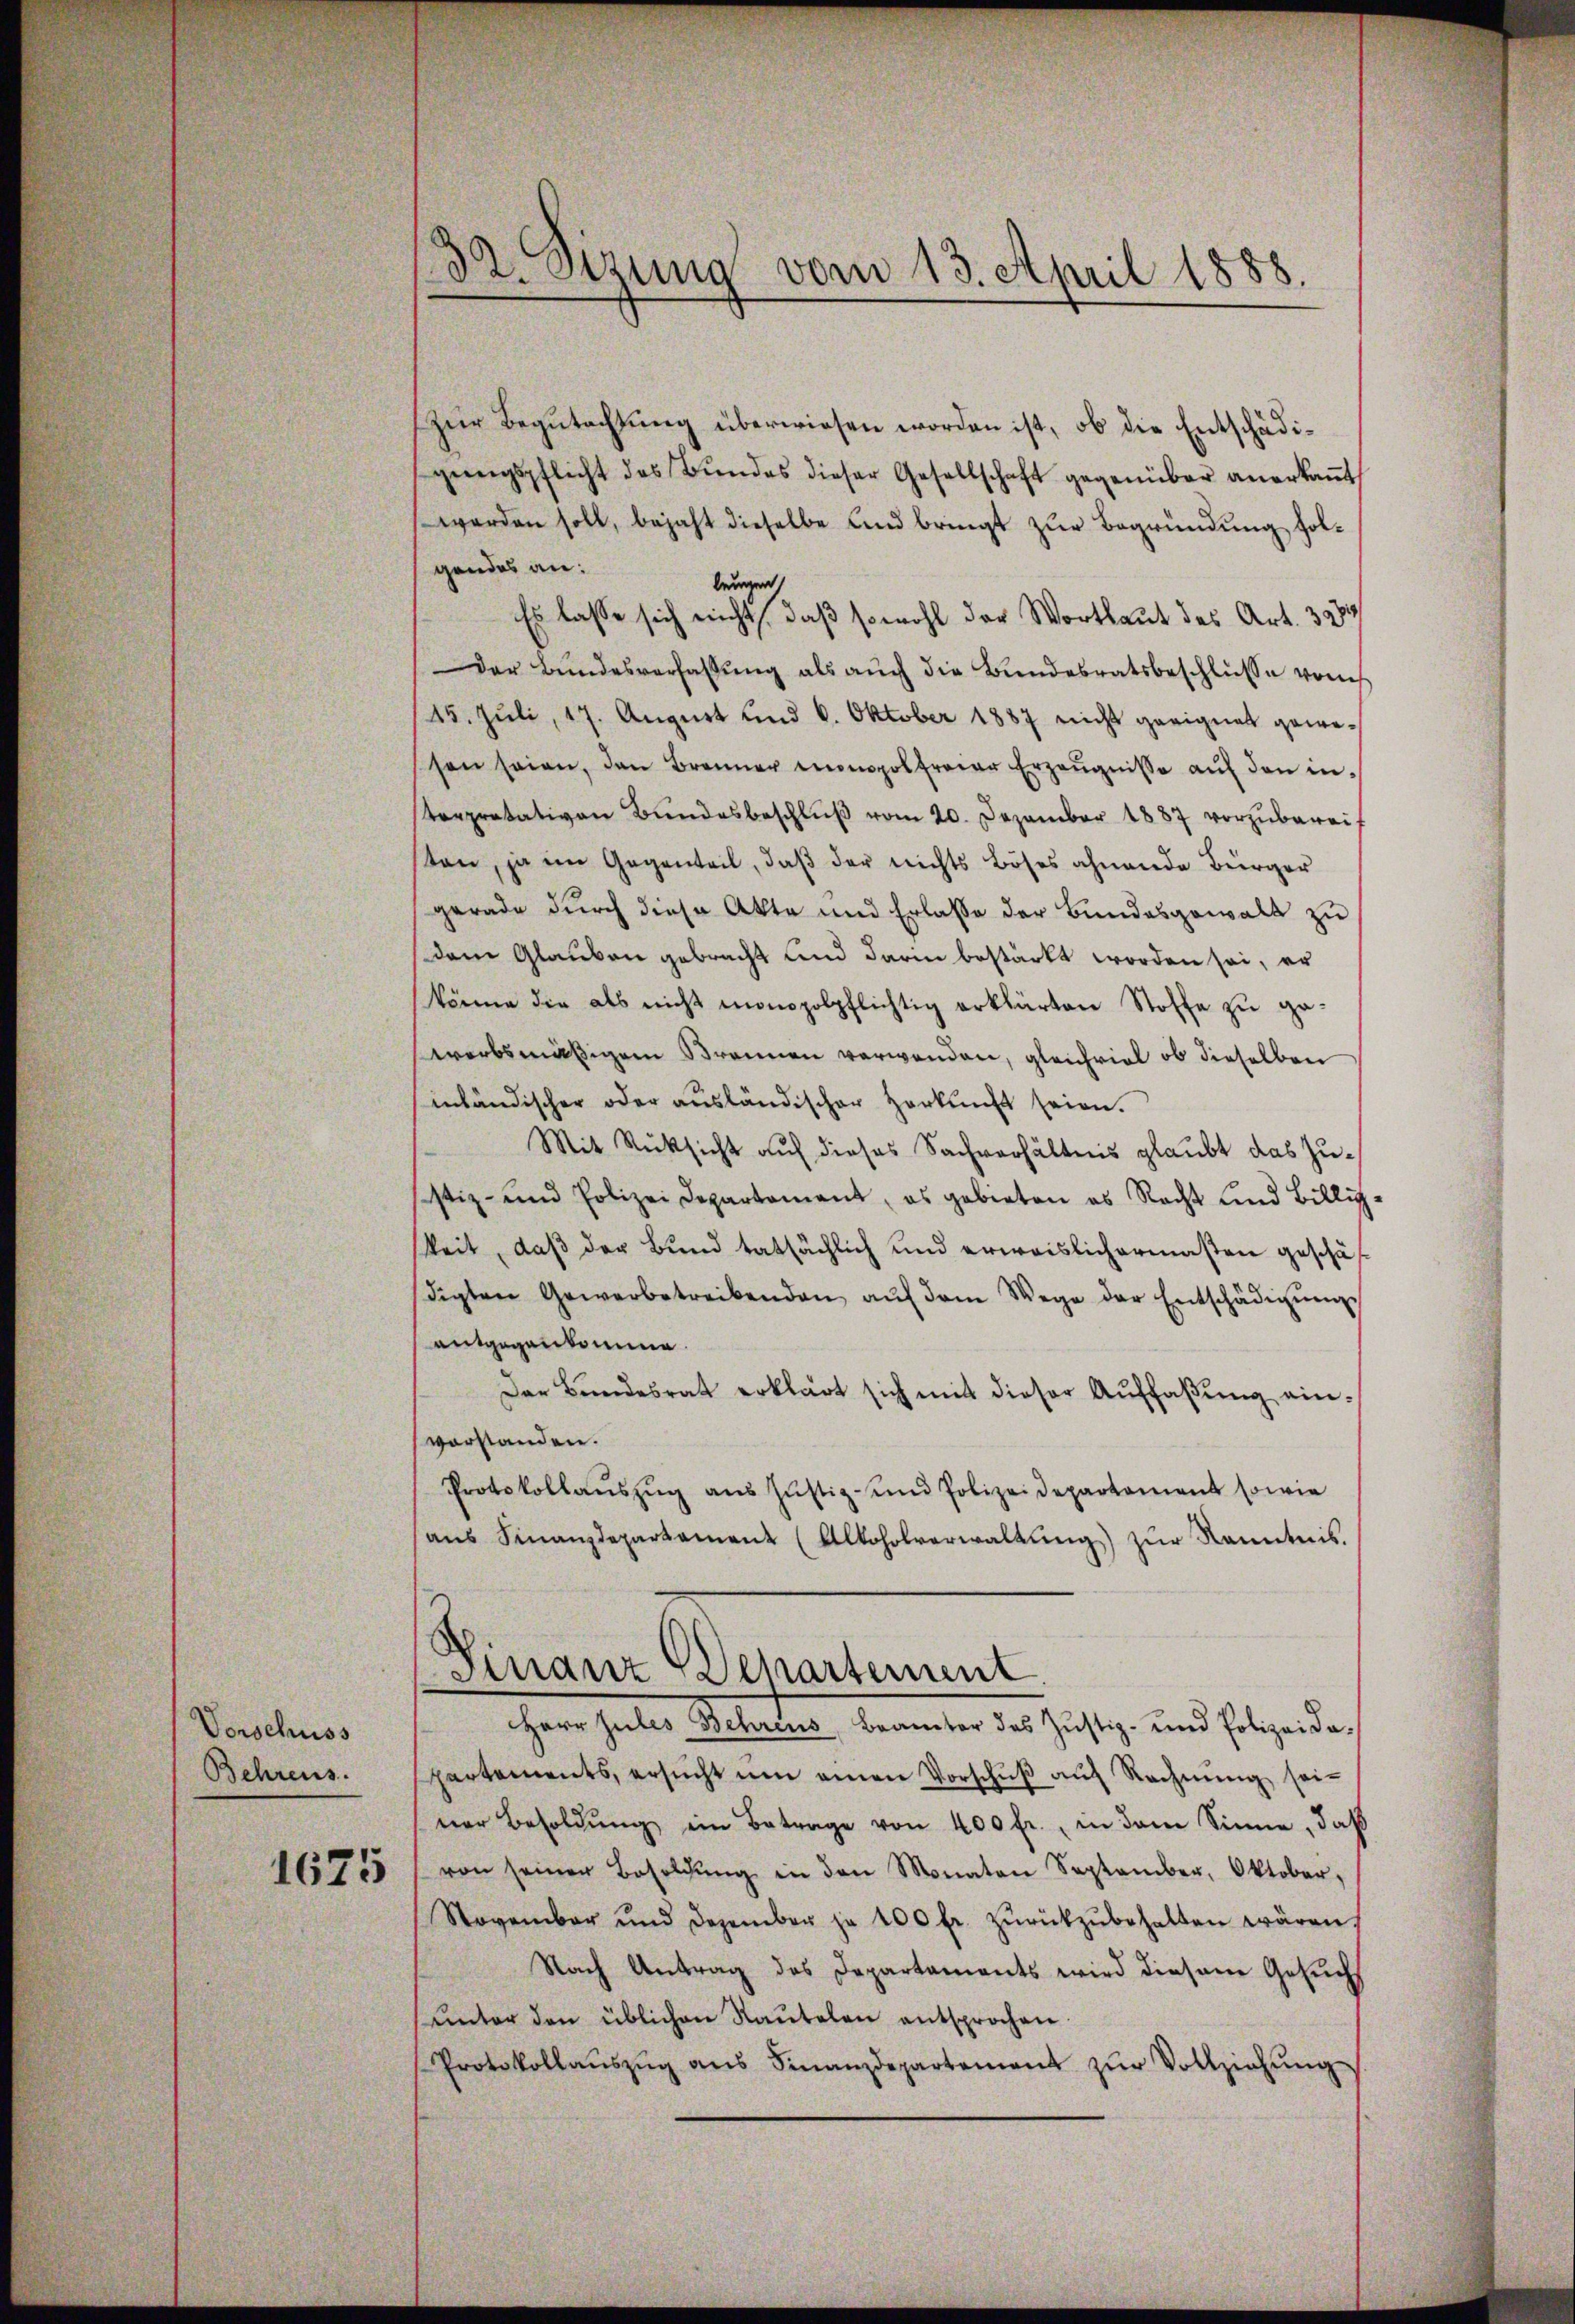
Vorschuss
Behrens.

1675

32. Sizung vom 13. April 1888.

Zur Begutachtung überwiesen worden ist, ob die Entschädigeengspflicht des Bŭndes dieser Gesellschaft gegenüber anerkaṅt
werden soll, bejaht dieselbe und bringt zur Begründung holgendes an:
beugen
Es lasse sich nicht, daß sowohl der Wortlaut des Art. 3934/
Der Bŭndesverfassŭng als aŭch die Bŭndesratsbeschlüsse vom
15. Juli, 17. August und 6. Oktober 1887 nicht geeignet geweshen seien, den Brenner monopolfreier Erzeugnisse auf den interpretativen Bŭndesbeschlŭβ vom 20. Dezember 1887 vorzŭberei-
ten, ja im Gegenteil, daβ der nichts Böses ahnende Bürger
gerade durch diese Akte und Erlasse der Bundesgewalt zu
dem Glauben gebracht und darin bestärkt worden sei, er
könne die als nicht monopolpflichtig erklärten Stoffe zu ge
werbsmäßigem Brennen verwenden, gleichviel ob dieselben
inbändischer oder ausländischer Herkunft seien.
Mit Rücksicht auf dieses Sachverhältnis glaubt das Zusistiz- und Polizei Departement, es gebieten es Recht und Billig
keit, daß der Bund tatsächlich und erweislichermaßen geschäf
digten Gewerbetreibenden aŭf dem Wege der Entschädigŭng
entgegenkomme.
Der Bŭndesrat erklärt sich mit dieser Aŭffaβŭng einvorstanden.
Protokollaŭszŭg ans Jŭstiz- und Polizeidepartement sowie
aŭs Finanzdepartament (Alkoholverwaltung) zur Kenntnis.
Finanz Departement
Herr Jules Behrens, Beamter des Justiz- und Polizeidopartements, ersucht um einen Vorschuß auf Rechnung seiner Besoldŭng ein Betrage von 400 fr., in dem Sinne, daß
von seiner Besoldŭng in den Monaten September, Oktober,
November und Dezember je 100 fr. zŭrückzŭbehalten wären.
Nach Antrag des Departaments wird diesem Gesuchs
ŭnter den üblichen Raŭtelen entsprochen.
Protokollaŭszŭg ans Finanzdepartement zŭr Vollziehŭng